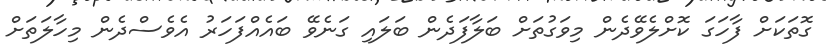
ގޮތަކަށް ފާހަގަ ކޮށްލެވޭދެން މިވަގުތަށް ބަލާފަދެން ބަލައި ގަނެވޭ ބައެއްފަހަރު އެވެސްދެން މިހާލަތަށް